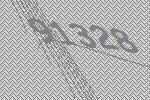
91328